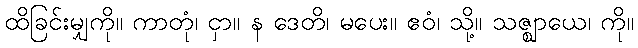
ထိခြင်းမျှကို။ ကာတုံ၊ ငှာ။ န ဒေတိ၊ မပေး။ ဧဝံ၊ သို့။ သဇ္ဈာယေ၊ ကို။